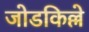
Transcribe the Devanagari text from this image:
जोडकिल्ले